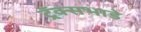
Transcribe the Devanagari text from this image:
ट्रॅक्सभाडे